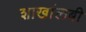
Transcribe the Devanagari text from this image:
शाखांलबी